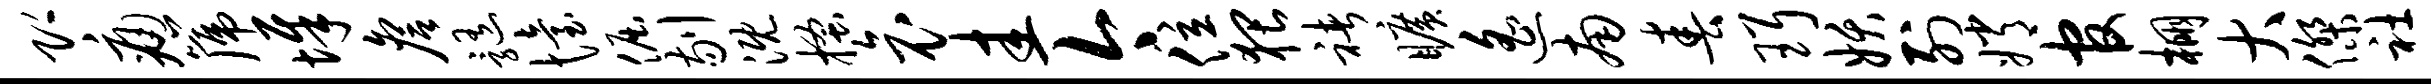
即痛篪墀詹髓怡倔剔溉搔哀圭今位猥褚旷遥南春珥妖列嫦官棚大杰社